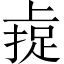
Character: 𫠼